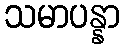
သမာပန္နာ